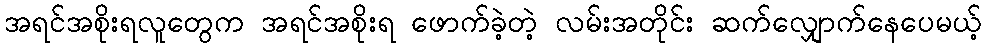
အရင်အစိုးရလူတွေက အရင်အစိုးရ ဖောက်ခဲ့တဲ့ လမ်းအတိုင်း ဆက်လျှောက်နေပေမယ့်